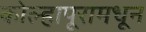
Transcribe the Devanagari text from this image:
कोल्हापूरामधून